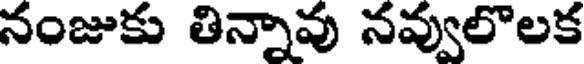
నంజుకు తిన్నావు నవ్వులొలక